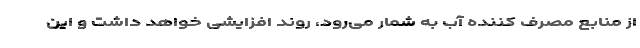
از منابع مصرف کننده آب به شمار می‌رود، روند افزایشی خواهد داشت و این